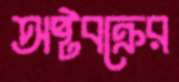
অষ্টবক্রের